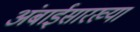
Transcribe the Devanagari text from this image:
अंबाईसारख्या